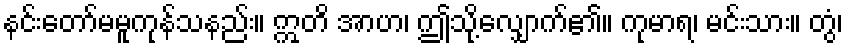
နင်းတော်မမူကုန်သနည်း။ ဣတိ အာဟ၊ ဤသို့လျှောက်၏။ ကုမာရ၊ မင်းသား။ တွံ၊